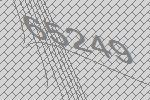
65249